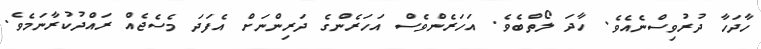
ހާދަހާ ދުރުވިސްނެއެވެ. ހާދަ ލޯތްބެވެ. އަހަރެންވެސް އަހަރެންގެ ދަރިންނަށް އެފަދަ މެސެޖެއް ރައްދުކުރާނަމެވެ.